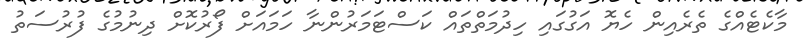
މާކެޓެއްގެ ތެރެއިން ހެޔޮ އަގުގައި ހިދުމަތްތައް ކަސްޓަމަރުންނާ ހަމައަށް ފޯރުކޮށް ދިނުމުގެ ފުރުސަތު